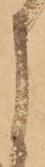
申